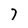
Character: 7